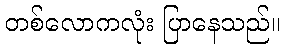
တစ်လောကလုံး ပြာနေသည်။